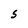
Character: S